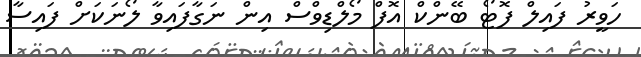
ހަވީރު ފައިލް ފޮޓޯ ބޭންކް އޮފް މޯލްޑިވްސް އިން ނަގާފައިވާ ލޯނަކަށް ފައިސާ